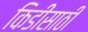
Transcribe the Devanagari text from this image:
किडींसाठी